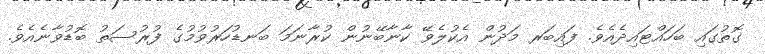
ގޮތުގައި ބަހައްޓައިދެއެވެ. ފައިބަރ މަދުން އެކުލެވޭ ކާނާބޭނުން ކުރާނަމަ ބަނޑުހަރުވުމުގެ ފުރުސަތު ބޮޑުވާނެއެވެ.